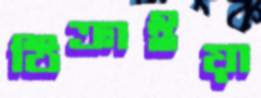
ঠিক্‌রাইয়া